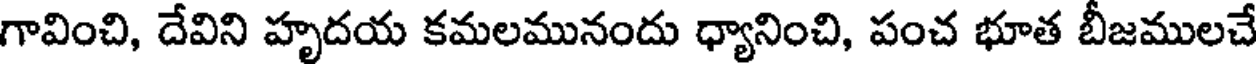
గావించి, దేవిని హృదయ కమలమునందు ధ్యానించి, పంచ భూత బీజములచే